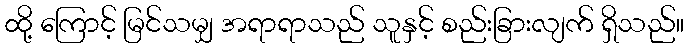
ထို့ ကြောင့် မြင်သမျှ အရာရာသည် သူနှင့် စည်းခြားလျက် ရှိသည်။